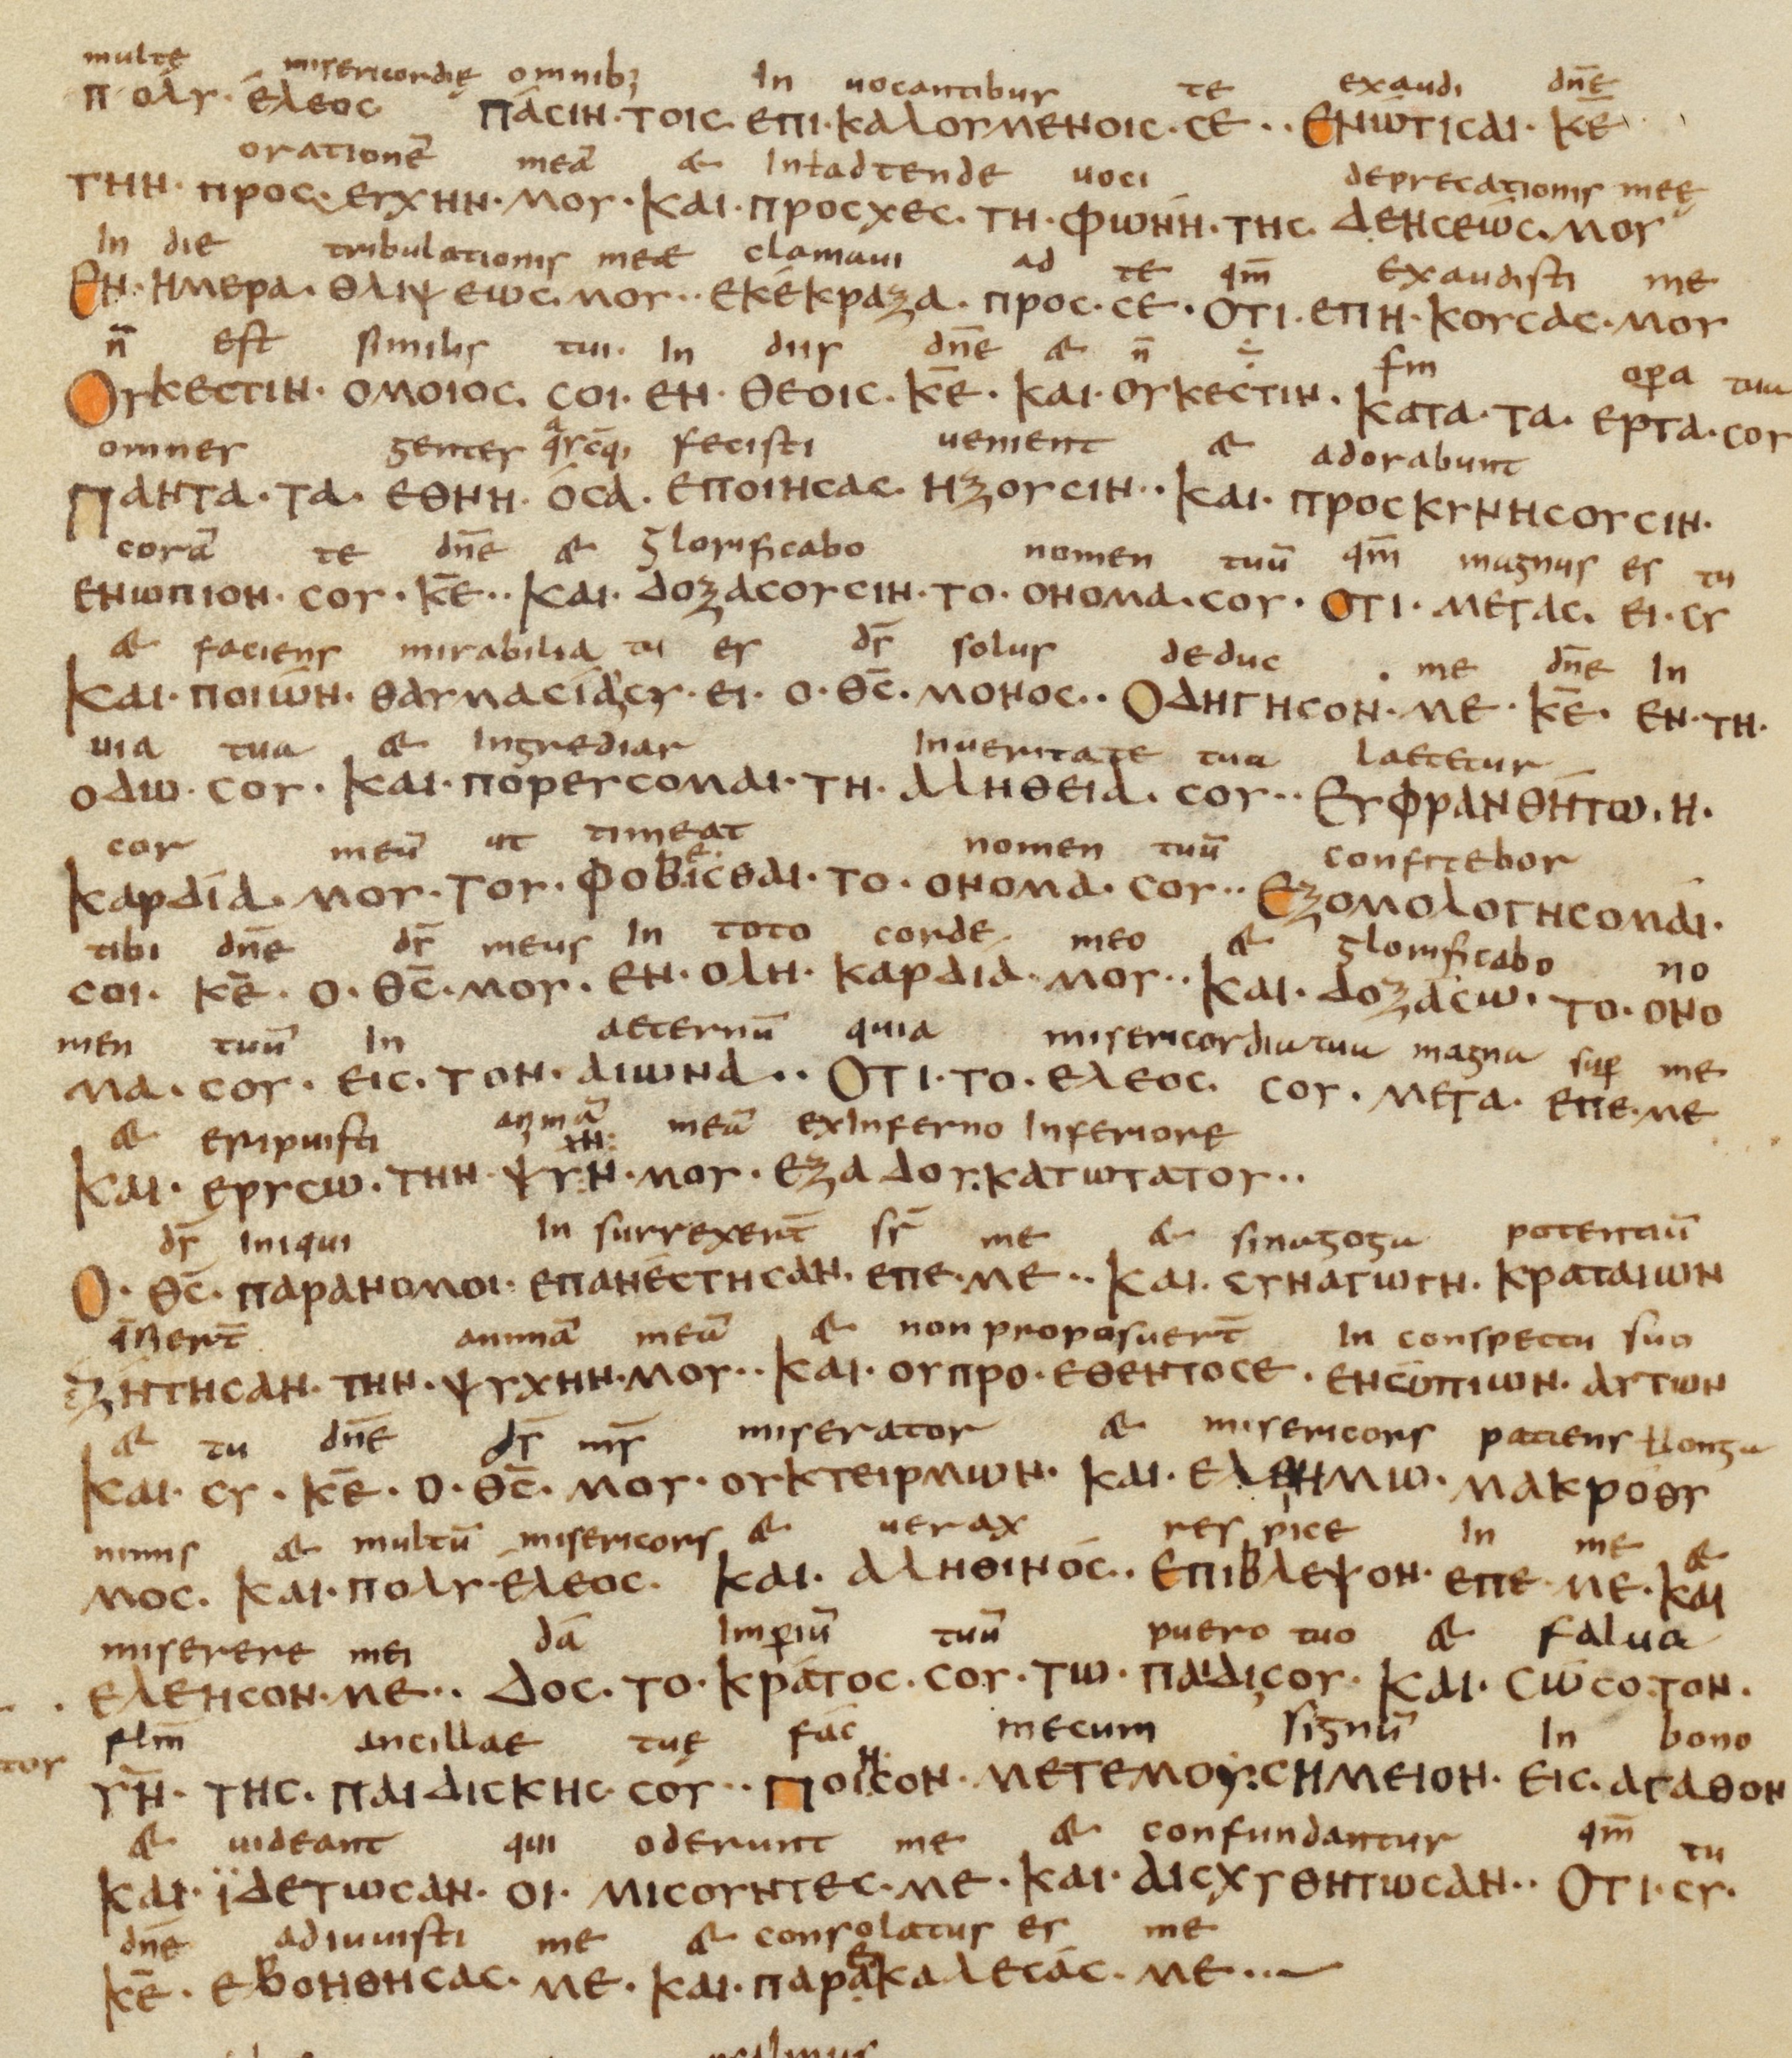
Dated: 833–899